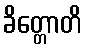
ခိတ္တောတိ